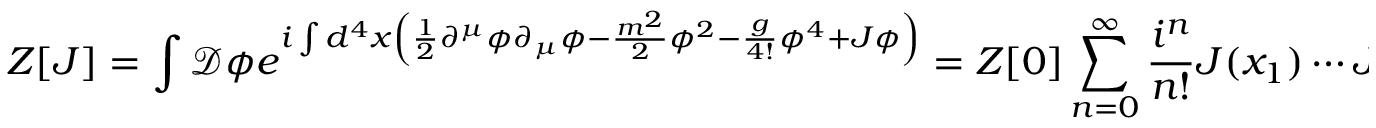
Z [ J ] = \int { \mathcal { D } } \phi e ^ { i \int d ^ { 4 } x \left( { \frac { 1 } { 2 } } \partial ^ { \mu } \phi \partial _ { \mu } \phi - { \frac { m ^ { 2 } } { 2 } } \phi ^ { 2 } - { \frac { g } { 4 ! } } \phi ^ { 4 } + J \phi \right) } = Z [ 0 ] \sum _ { n = 0 } ^ { \infty } { \frac { i ^ { n } } { n ! } } J ( x _ { 1 } ) \cdots J ( x _ { n } ) \langle 0 | { \mathcal { T } } \{ \phi ( x _ { 1 } ) \cdots \phi ( x _ { n } ) \} | 0 \rangle .